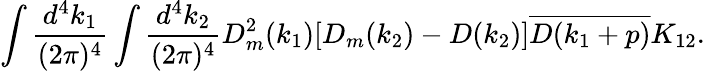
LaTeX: \begin{array}{c}{{\displaystyle\int\frac{d^{4}k_{1}}{(2\pi)^{4}}\int\frac{d^{4}k_{2}}{(2\pi)^{4}}D_{m}^{2}(k_{1})[D_{m}(k_{2})-D(k_{2})]\overline{{{D(k_{1}+p)}}}K_{12}.}}\end{array}